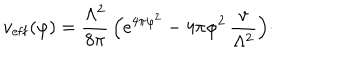
LaTeX: v _ { \mathrm { e f f } } ( \varphi ) = { \frac { \Lambda ^ { 2 } } { 8 \pi } } \, \Bigl ( e ^ { 4 \pi \varphi ^ { 2 } } - 4 \pi \varphi ^ { 2 } \, { \frac { v } { \Lambda ^ { 2 } } } \Bigr ) \cdotp